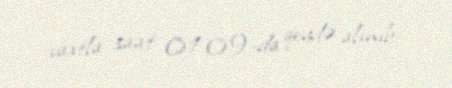
vaxtla saat 01:09-da qeydə alınıb.